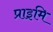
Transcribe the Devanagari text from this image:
प्राइमि